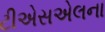
ટીએસએલના